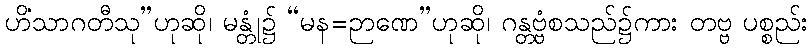
ဟိံသာဂတီသု”ဟုဆို၊ မန္တုံ၌ “မန=ဉာဏေ”ဟုဆို၊ ဂန္တဗ္ဗံစသည်၌ကား တဗ္ဗ ပစ္စည်း